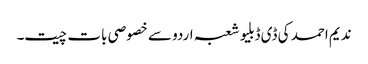
ندیم احمد کی ڈی ڈبلیو شعبہ اردو سے خصوصی بات چیت۔